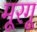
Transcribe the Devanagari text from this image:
मूरगू